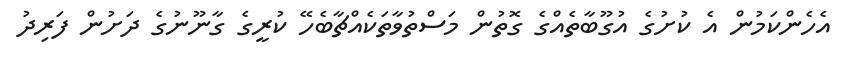
އެހެންކަމުން އެ ކުށުގެ އުގޫބާތެއްގެ ގޮތުން މަސްތުވާތަކެއްޗާބެހޭ ކުރީގެ ގާނޫނުގެ ދަށުން ފަރިދު